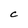
Character: c